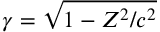
\gamma = \sqrt { 1 - Z ^ { 2 } / c ^ { 2 } }